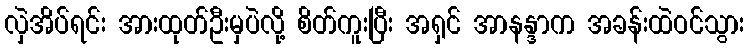
လှဲအိပ်ရင်း အားထုတ်ဦးမှပဲလို့ စိတ်ကူးပြီး အရှင် အာနန္ဒာက အခန်းထဲဝင်သွား